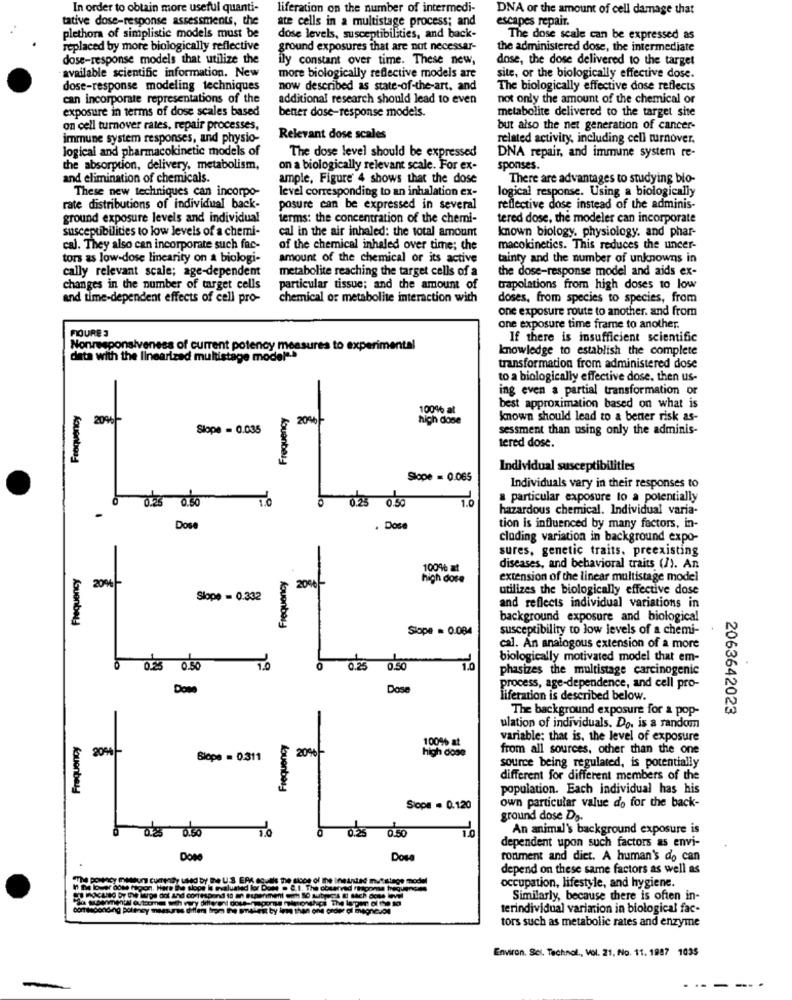
In order to obtain more useful quanti-
liferation on the number of intermedi-
DNA or the amount of cell damage that
tative dose-response assessments, the
ate cells in a multistage process; and
escapes repair.
plethora of simplistic models must be
dose levels, susceptibilities, and back-
The dose scale can be expressed as
replaced by more biologically reflective
ground exposures that are not necessar-
the administered dose, the intermediate
dose-response models that utilize the
ily constant over time. These new,
dose, the dose delivered to the target
more biologically reflective models are
available scientific information. New
site, or the biologically effective dose.
dose-response modeling techniques
now described as state-of-the-art, and
The biologically effective dose reflects
can incorporate representations of the
additional research should lead to even
not only the amount of the chemical or
exposure in terms of dose scales based
benzer dose-response models.
metabolite delivered to the target site
on cell turnover rates, repair processes,
but also the net generation of cancer-
immune system responses, and physio-
Relevant dose scales
related activity, including cell turnover.
logical and pharmacokinetic models of
The dose level should be expressed
DNA repair, and immune system re-
the absorption, delivery, metabolism,
on a biologically relevant scale. For ex-
sponses.
and elimination of chemicals.
ample, Figure' 4 shows that the dose
There are advantages to studying bio-
These new techniques can incorpo-
level corresponding to an inhalation ex-
logical response. Using a biologically
rate distributions of individual back-
posure can be expressed in several
reflective dose instead of the adminis-
ground exposure levels and individual
terms: the concentration of the chemi-
tered dose, the modeler can incorporate
susceptibilities to low levels of a chemi-
cal in the air inhaled: the total amount
known biology, physiology, and phar-
cal. They also can incorporate such fac-
of the chemical inhaled over time; che
macokinetics. This reduces the uncer-
tors as low-dose linearity on a biologi-
amount of the chemical or its active
tainty and the number of unknowns in
cally relevant scale; age-dependent
metabolite reaching the target cells of a
the dose-response model and aids ex-
changes in the number of target cells
particular tissue; and the amount of
trapolations from high doses to low
and time-dependent effects of cell pro-
chemical or metabolite interaction with
doses, from species to species, from
one exposure route to another. and from
POURE 3
one exposure time frame to another.
If there is insufficient scientific
Nonresponsiveness of current potency measures to experimental
knowledge to establish the complete
data with the linearized multistage model".
transformation from administered dose
to a biologically effective dose. then us-
-
ing even a partial transformation or
Frequency
100% at
best approximation based on what is
20%
20%-
high dose
known should lead to a bener risk as-
Slope = 0.035
sessment than using only the adminis-
tered dose.
Kouonbord
Individual susceptibilities
Slope = 0.065
Individuals vary in their responses to
0.25 0.50
TO
0.25
1.0
a particular exposure to a potentially
0.50
hazardous chemical. Individual varia-
Dose
. Dose
tion is influenced by many factors, in-
cluding variation in background expo-
sures, genetic traits. preexisting
Frequency
10046 at
diseases, and behavioral traits (/). An
2004
Frequency
high dose
extension of the linear multistage model
20%
utilizes the biologically effective dose
Slope = 0.332
and reflects individual variations in
background exposure and biological
Slope = 0.084
susceptibility to low levels of a chemi-
cal. An analogous extension of a more
biologically motivated model that em-
0.25
0.50
10
1.0
phasizes the multistage carcinogenic
Done
Dose
process, age-dependence, and cell pro-
liferation is described below.
The background exposure for & pop-
2063642023
ulation of individuals. Do. is a random
Frequency
100% at
variable: that is, the level of exposure
high dose
from all sources, other than the one
Slope = 0.311
20%
source being regulated, is potentially
different for different members of the
kouenberg
population. Each individual has his
Siope . 0.120
own particular value d'o for the back-
ground dose Do.
An animal's background exposure is
TO
dependent upon such factors as envi-
Dos
ronment and diet. A human's do can
depend on these same factors as well as
cos of The ineunid mutstage model
occupation, lifestyle, and hygiene.
Similarly, because there is often in-
commebonding polens
terindividual variation in biological fac-
tors such as metabolic rates and enzyme
Environ. Sel. Technol ., Vol. 21, No. 11. 1987 1035